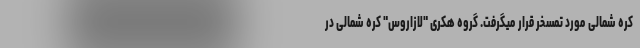
کره شمالی مورد تمسخر قرار میگرفت. گروه هکری "لازاروس" کره شمالی در